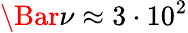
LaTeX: \Bar{\nu}\approx 3\cdot 10^{2}